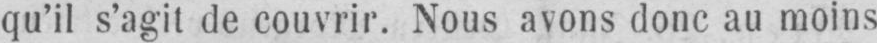
qu’il s’agit de couvrir. Nous avons donc au moins